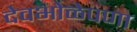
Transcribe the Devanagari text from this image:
देवभोळेपणा